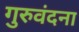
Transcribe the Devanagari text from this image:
गुरुवंदना